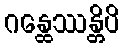
ဂန္ထေဿန္တိပိ